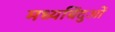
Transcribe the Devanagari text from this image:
मध्यबिंदुओं